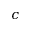
c